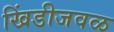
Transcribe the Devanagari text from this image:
खिंडीजवळ